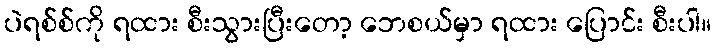
ပဲရစ်စ်ကို ရထား စီးသွားပြီးတော့ ဘေစယ်မှာ ရထား ပြောင်း စီးပါ။